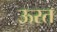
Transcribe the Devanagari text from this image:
ऊरत